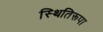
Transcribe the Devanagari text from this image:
स्थितिरूपा